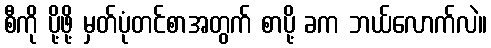
စီကို ပို့ဖို့ မှတ်ပုံတင်စာအတွက် စာပို့ ခက ဘယ်လောက်လဲ။